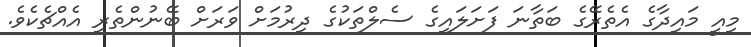
މިއީ މައިދާގެ އެތެރޭގެ ބަތާނަ ފަށަލައިގެ ސެލްތަކުގެ ދިރުމަށް ވަރަށް ބޭނުންތެރި އެއްޗެކެވެ.